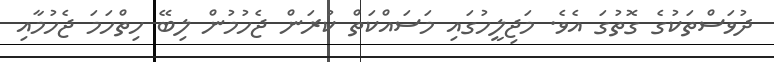
ދުވަސްތަކުގެ ގޮތުގަ އެވެ. މަޖިލީހުގައި މަސައްކަތް ކުރަން ޖެހުމުން ލިބޭ ހިތްހަމަ ޖެހުމާއި